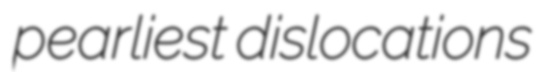
pearliest dislocations